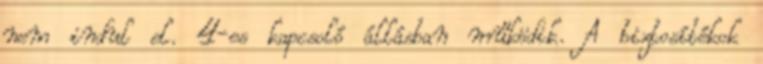
nem indul el. 4-es kapcsoló állásban működik. A biztosítékok